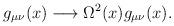
LaTeX: \begin{align*}g_{\mu \nu }(x)\longrightarrow \Omega ^{2}(x)g_{\mu \nu }(x).\end{align*}